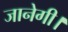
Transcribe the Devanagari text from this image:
जानेगी।